65_HS1-834228961_62-HQ-83894_Section_10
Agency: FBI
Page 32
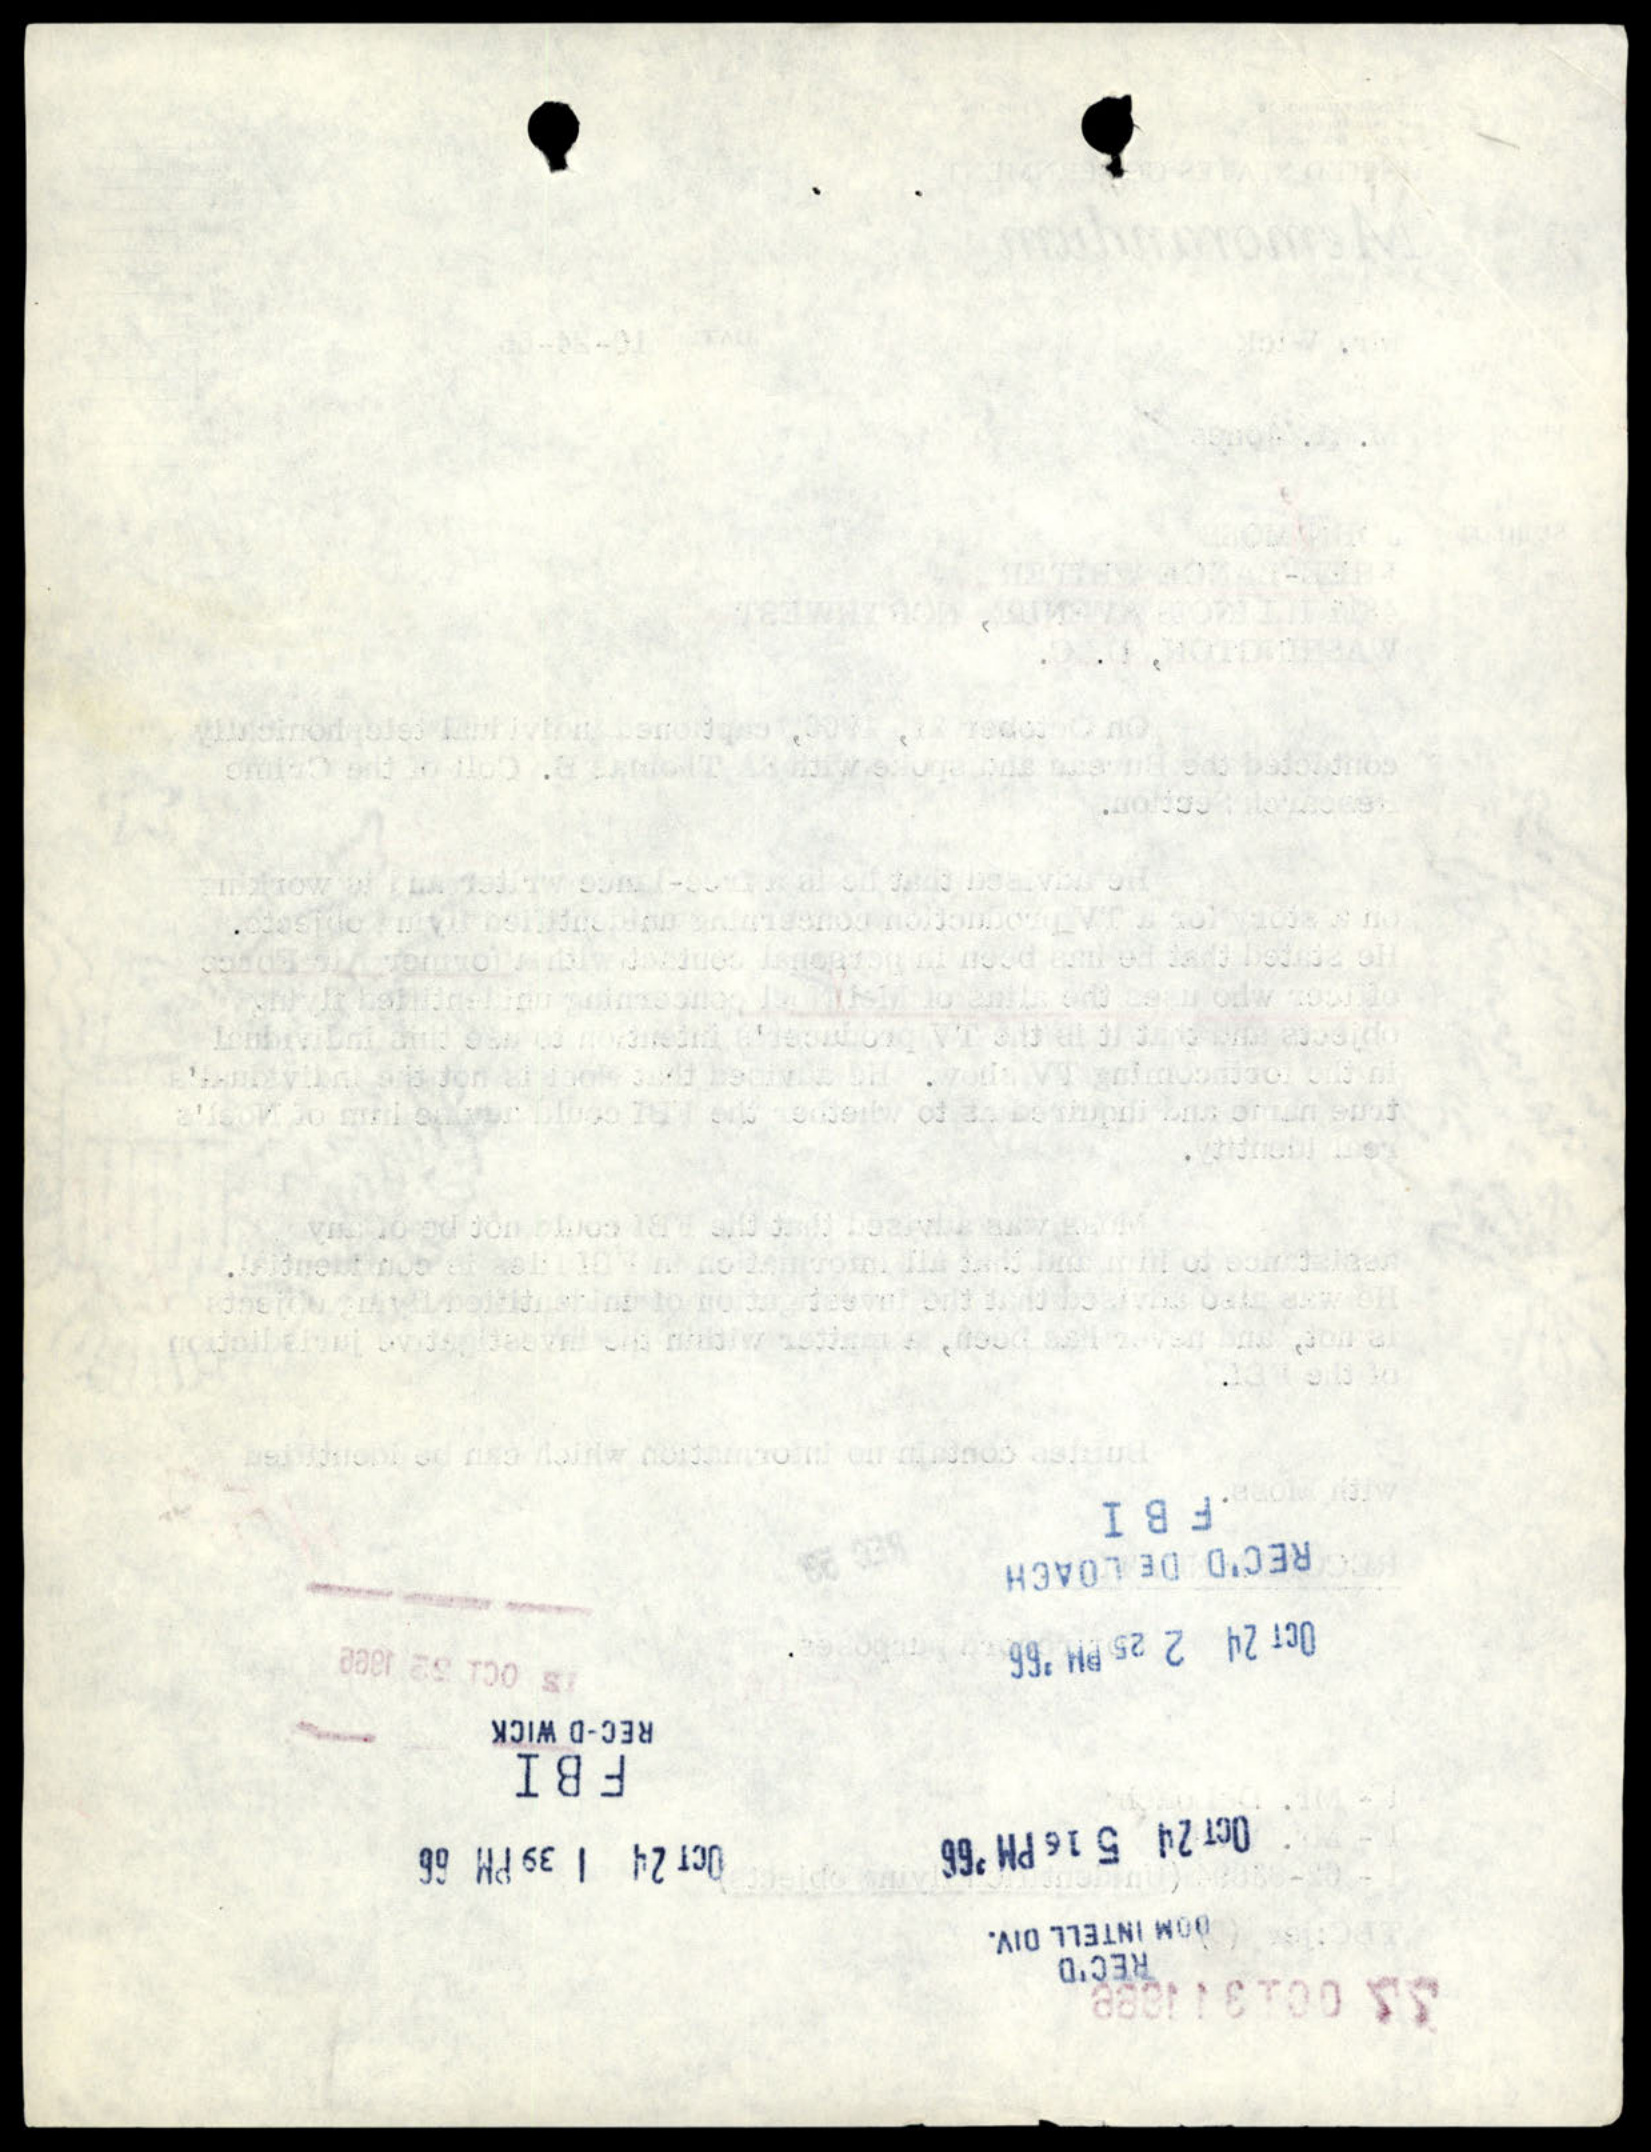